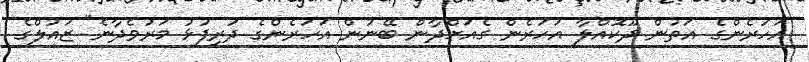
އަހަރެންގެ އަތުން ދޫކޮއްލާ އަހަރެން ގެއަށްދާން ބޭނުން އަހަރެންގެ ދަރިފުޅު މަރުވެދާނެ" ޒައުލްގެ